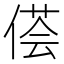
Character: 𱏁